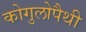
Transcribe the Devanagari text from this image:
कोगुलोपैथी